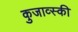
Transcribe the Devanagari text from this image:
कुजाव्स्की